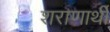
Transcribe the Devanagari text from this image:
शराणार्थी